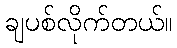
ချပစ်လိုက်တယ်။